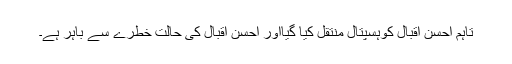
تاہم احسن اقبال کوہسپتال منتقل کیا گیااور احسن اقبال کی حالت خطرے سے باہر ہے۔